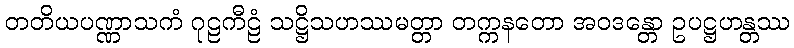
တတိယပဏ္ဏာသကံ ဂုဠကီဠံ သဋ္ဌိသဟဿမတ္တာ တက္ကနတော အဝဒန္တော ဥပဋ္ဌဟန္တဿ